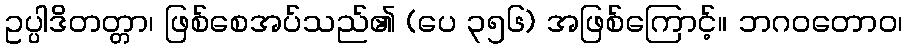
ဥပ္ပါဒိတတ္တာ၊ ဖြစ်စေအပ်သည်၏ (ပေ ၃၅၆) အဖြစ်ကြောင့်။ ဘဂဝတောဝ၊